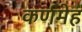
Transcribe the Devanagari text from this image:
कर्णमेह